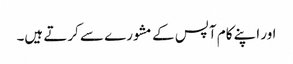
اور اپنے کام آپس کے مشورے سے کرتے ہیں۔